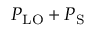
P _ { \mathrm { L O } } + P _ { \mathrm { S } }